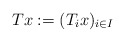
\begin{align*}Tx := (T_ix)_{i \in I}\end{align*}